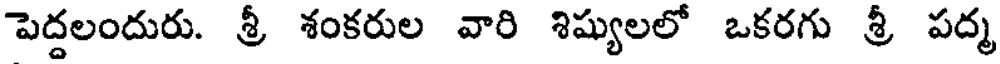
పెద్దలందురు. శ్రీ శంకరుల వారి శిష్యులలో ఒకరగు శ్రీ పద్మ